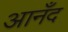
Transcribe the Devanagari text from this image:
आनँद